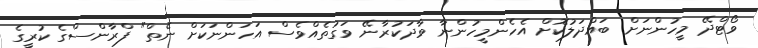
ވޯޓްދޭ މީހުންނަށް ބައްދަލުކޮށް އެހެންމީހުންނާ ވާދަކުރާނޭ ވަގުތެއްވެސް އަހަންނަކަށް ނެތް" ފްރާންސްގެ ކުރީގެ